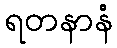
ရတနာနံ